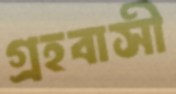
গ্রহবাসী